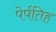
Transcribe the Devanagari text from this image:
पेर्पतिह